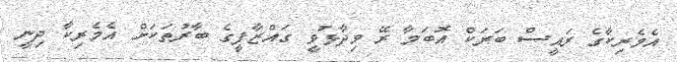
އެމެރިކާގެ ރައީސް ބަރަކް އޮބަމާ ރޭ ވިދާޅުވީ ގައްޒާފީގެ ބާރުތަކަށް އެމެރިކާ ދިނީ